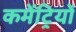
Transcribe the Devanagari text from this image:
कमेंट्रियों